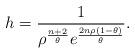
LaTeX: \begin{align*}h=\frac{1}{\rho^{\frac{n+2}{\theta}}e^{\frac{2n\rho(1-\theta)}{\theta}}}.\end{align*}